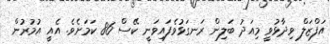
އަފްޒަލް ވިދާޅުވީ މިއަދު ބަލިން ރަނގަޅުވެފައިވަނީ ކޭސް 86 ކަމަށެވެ. އެއީ އުމުރުން